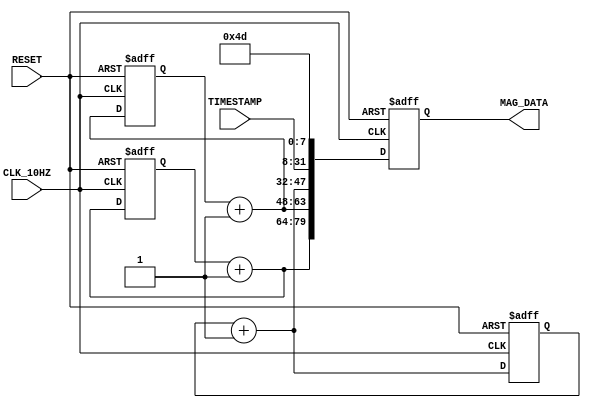
///////////////////////////////////////////////////////////////////////////////////////////////////
// Company: <Name>
//
// File history:
//      <Revision number>: <Date>: <Comments>
//      <Revision number>: <Date>: <Comments>
//      <Revision number>: <Date>: <Comments>
//
// Description: 
//
// <Description here>
//
// Targeted device: <Family::ProASIC3L> <Die::M1A3P1000L> <Package::484 FBGA>
//
/////////////////////////////////////////////////////////////////////////////////////////////////// 

//`timescale <time_units> / <precision>

module mag_test_data( CLK_10HZ,RESET,TIMESTAMP,MAG_DATA );
input CLK_10HZ,RESET;
input [23:0] TIMESTAMP;
output [79:0] MAG_DATA;


reg [15:0] x_data;
reg [15:0] y_data;
reg [15:0] z_data;
reg [79:0] mag_dat;
parameter id_byte=8'h4D;

assign MAG_DATA=mag_dat;

always @(posedge CLK_10HZ or negedge RESET)
begin
if (RESET ==1'b0) begin
    x_data=0;
    y_data=50;
    z_data=100;
    mag_dat=0;
end else begin
    x_data=x_data+1;
    y_data=y_data+1;
    z_data=z_data+1;
    mag_dat = {z_data,y_data,x_data,TIMESTAMP,id_byte};
end




end
endmodule